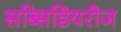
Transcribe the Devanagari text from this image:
सब्सिडियरीज